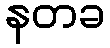
နတခ